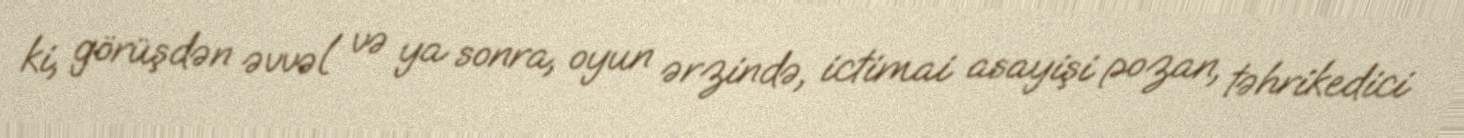
ki, görüşdən əvvəl və ya sonra, oyun ərzində, ictimai asayişi pozan, təhrikedici